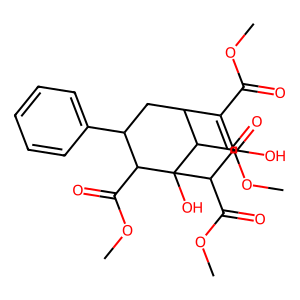
SMILES: COC(=O)C1=C(O)C(C(=O)OC)C2(O)C(C(=O)OC)C1CC(c1ccccc1)C2C(=O)OC
Inhibits HIV replication: No